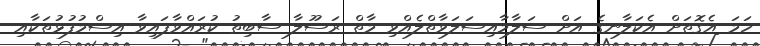
ހަމަ އެގޮތަށް އެކަލާނގެ އަށް ސަލާމާއިސަލަވާތްލެއްވި މާތް ރަސޫލާ ސާބިތު ކުރައްވާފައިވާ އިސްމުފުޅުތަކާއި